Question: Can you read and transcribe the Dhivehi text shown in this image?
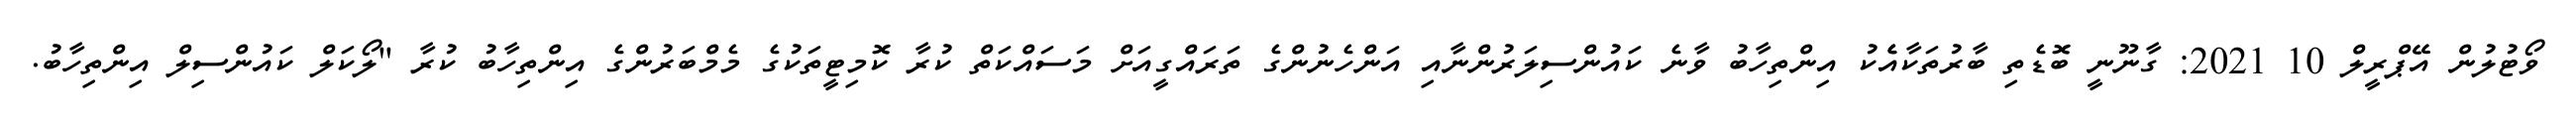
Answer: ވޯޓުލުން އޭޕްރީލް 10 2021: ގާނޫނީ ބޮޑެތި ބާރުތަކާއެެކު އިންތިހާބު ވާނެ ކައުންސިލަރުންނާއި އަންހެނުންގެ ތަރައްގީއަށް މަސައްކަތް ކުރާ ކޮމިޓީތަކުގެ މެމްބަރުންގެ އިންތިހާބު ކުރާ "ލޯކަލް ކައުންސިލް އިންތިހާބު.